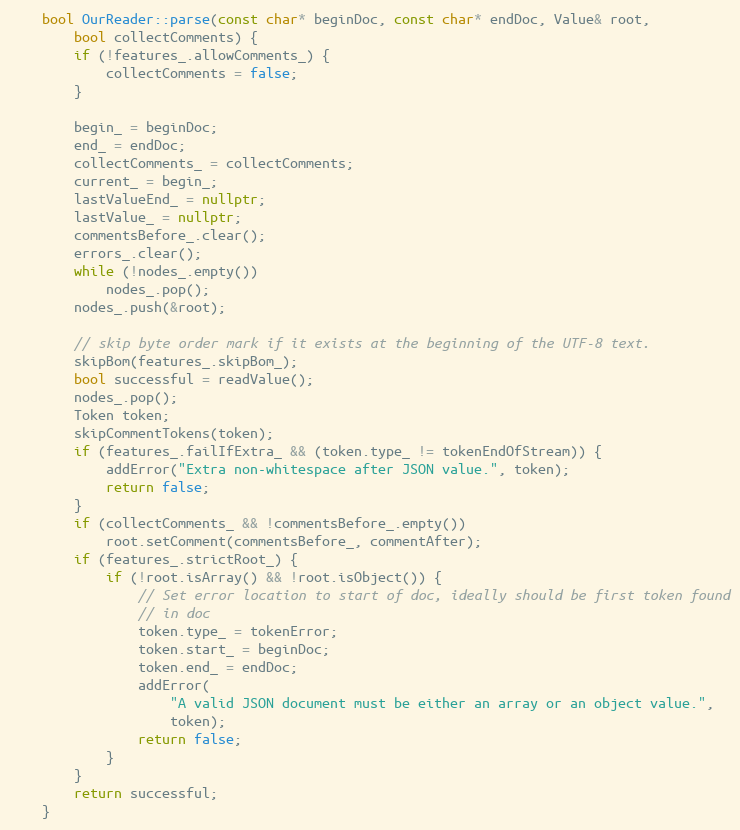
Language: C++
    bool OurReader::parse(const char* beginDoc, const char* endDoc, Value& root,
        bool collectComments) {
        if (!features_.allowComments_) {
            collectComments = false;
        }

        begin_ = beginDoc;
        end_ = endDoc;
        collectComments_ = collectComments;
        current_ = begin_;
        lastValueEnd_ = nullptr;
        lastValue_ = nullptr;
        commentsBefore_.clear();
        errors_.clear();
        while (!nodes_.empty())
            nodes_.pop();
        nodes_.push(&root);

        // skip byte order mark if it exists at the beginning of the UTF-8 text.
        skipBom(features_.skipBom_);
        bool successful = readValue();
        nodes_.pop();
        Token token;
        skipCommentTokens(token);
        if (features_.failIfExtra_ && (token.type_ != tokenEndOfStream)) {
            addError("Extra non-whitespace after JSON value.", token);
            return false;
        }
        if (collectComments_ && !commentsBefore_.empty())
            root.setComment(commentsBefore_, commentAfter);
        if (features_.strictRoot_) {
            if (!root.isArray() && !root.isObject()) {
                // Set error location to start of doc, ideally should be first token found
                // in doc
                token.type_ = tokenError;
                token.start_ = beginDoc;
                token.end_ = endDoc;
                addError(
                    "A valid JSON document must be either an array or an object value.",
                    token);
                return false;
            }
        }
        return successful;
    }